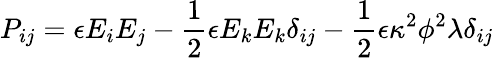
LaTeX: P_{ij}=\epsilon E_{i}E_{j}-\frac{1}{2}\epsilon E_{k}E_{k}\delta_{ij}-\frac{1}{2}\epsilon\kappa^{2}\phi^{2}\lambda\delta_{ij}